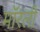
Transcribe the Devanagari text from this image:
मॉरली